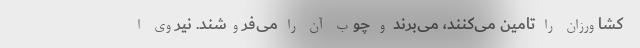
کشاورزان را تامین می‌کنند، می‌برند و چوب آن را می‌فروشند. نیروی ا